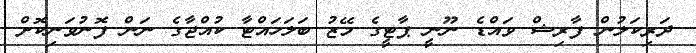
ދަރިކަލުން ފާރިޝް ވައްޑެ ނޫނީ ޕާޓީގެ މޭޒު ބަލަހައްޓާ ކުއްޖާގެ ނަން ފޮނުވަނިކޮށް